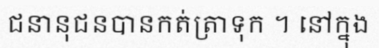
ជនានុជនបានកត់ត្រាទុក ។ នៅក្នុង